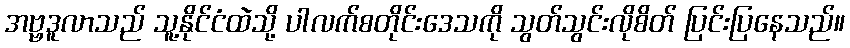
အဗ္ဗဒူလာသည် သူ့နိုင်ငံထဲသို့ ပါလက်စတိုင်းဒေသကို သွတ်သွင်းလိုစိတ် ပြင်းပြနေသည်။